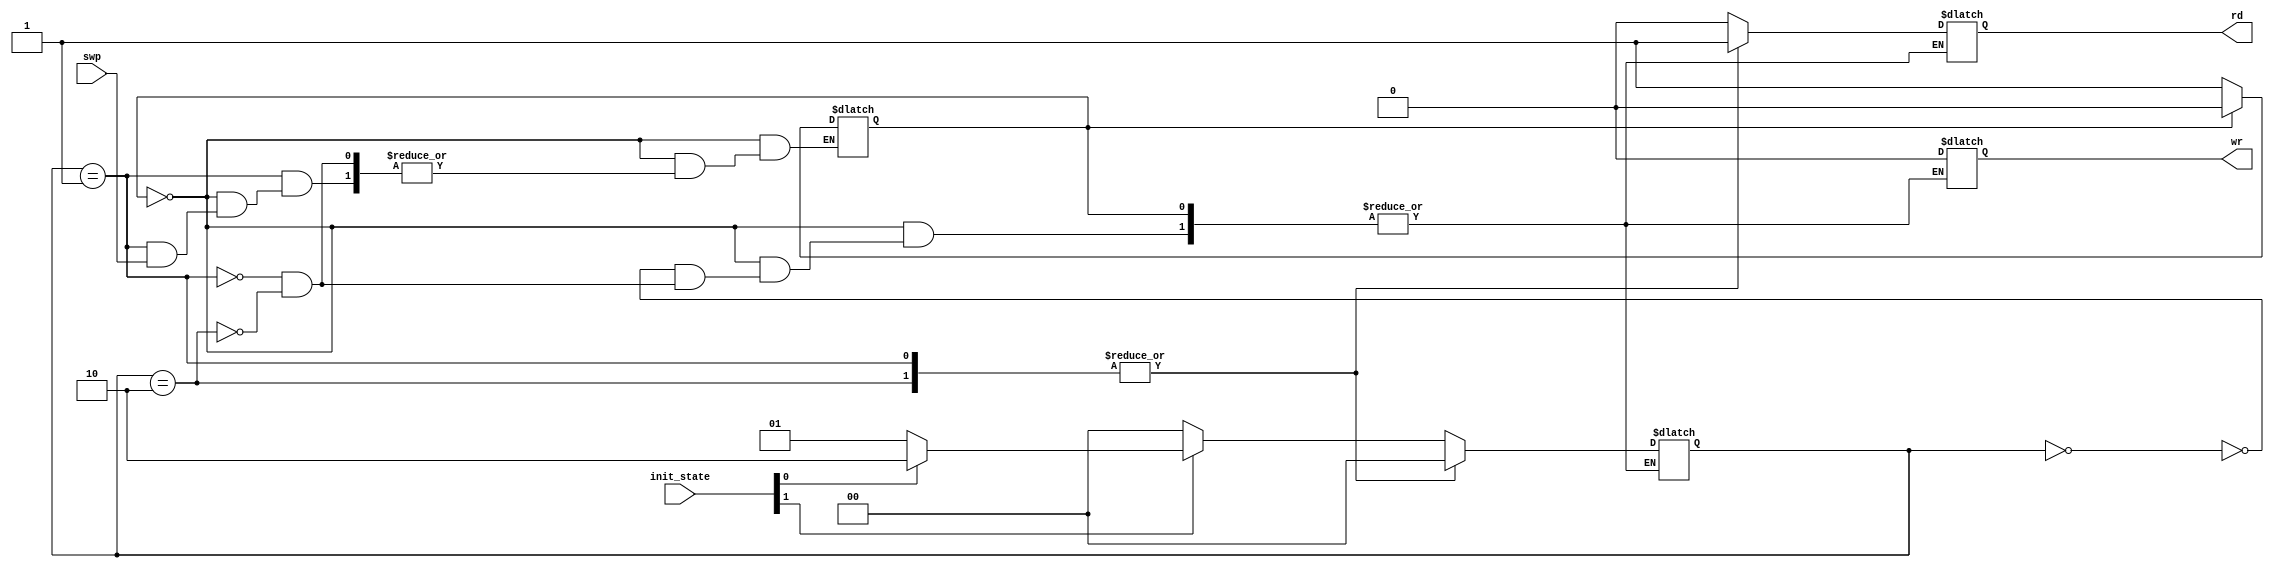
module control_fsm_mem(swp,init_state,rd,wr);
  
  input swp;
  input [1:0] init_state;
  output rd,wr;
  
  wire [1:0] init_state;
  reg [1:0] state;
  reg rd,wr,iterator;
  
  initial
  begin
  iterator=0;
  state=2'b00;
  end
  //always
  //state=init_state;
 // always@(initial_state)
  
  always@(state,init_state)
  begin
    if(~iterator)
    begin
    case(state)
      2'b00 :begin
             rd=0;
             wr=0;
             if(init_state[1])
             begin
              if(init_state[0])
                state=2'b10;
              else
                state=2'b01;
             end
            else
              begin
              state=2'b00;
              end
            end
      2'b01 :begin
            rd=1;
            wr=0;
            if(swp)
              state=2'b10;
            else
              iterator=1;
              state=2'b00;
            end
            
      2'b10 :begin
            rd=1;
       
            wr=0;
            iterator=1;
            state=2'b00;
            end
    endcase
  end  //end if
  else
    iterator=0;
  end
  
endmodule